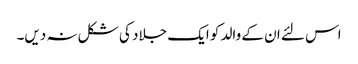
اس لئے ان کے والد کو ایک جلاد کی شکل نہ دیں۔